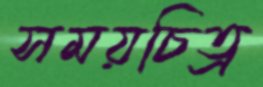
সময়চিত্র